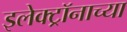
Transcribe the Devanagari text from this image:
इलेक्ट्रॉनाच्या